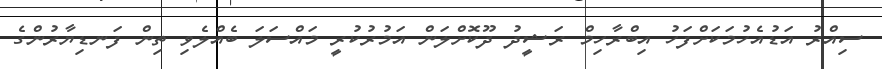
ސިއްރު އަޑުއެހުމަކަށްފަހު އިބްރާހިމް ރަޝީދު ދޫކޮށްލަން އަމުރުކުރީ މައްސަލަ ބެއްލެވި ތިން ފަނޑިޔާރުންގެ